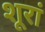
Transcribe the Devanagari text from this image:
शूरां